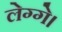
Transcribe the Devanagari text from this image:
लेग्गे।